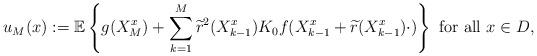
LaTeX: \begin{align*} u_M(x):=\mathbb{E}\left\{ g(X_M^{x})+\sum\limits_{k= 1}^M \widetilde{r}^2(X^{x}_{k-1})K_0f(X^{x}_{k-1}+\widetilde{r}(X^{x}_{k-1})\cdot)\right\} \mbox{ for all } x\in D,\end{align*}